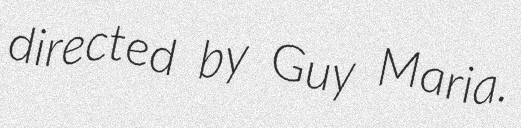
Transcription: directed by Guy Maria.